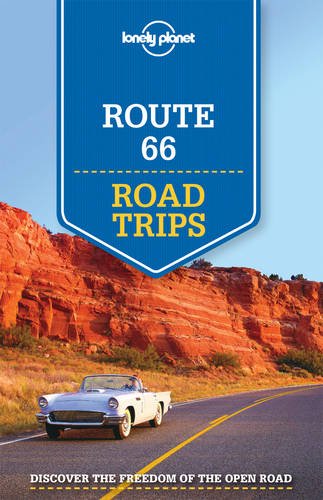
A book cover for Lonely Planet Route 66 Road Trips (Travel Guide); Lonely Planet; Travel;